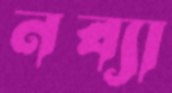
নব্যা